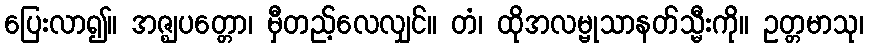
ပြေးလာ၍။ အဇ္ဈပတ္တော၊ မှီတည့်လေလျှင်။ တံ၊ ထိုအလမ္ဗုသာနတ်သ္မီးကို။ ဥတ္တမာသု၊